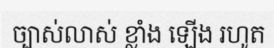
ច្បាស់លាស់ ខ្លាំង ឡើង រហូត